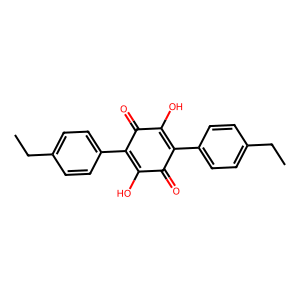
SMILES: CCc1ccc(C2=C(O)C(=O)C(c3ccc(CC)cc3)=C(O)C2=O)cc1
Inhibits HIV replication: No